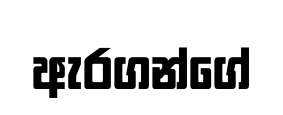
ඇරගන්ගේ